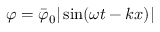
\varphi = \bar { \varphi } _ { 0 } | \sin ( \omega t - k x ) |